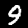
Label: 9